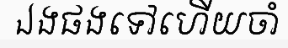
ឯងផងទៅហើយចាំ